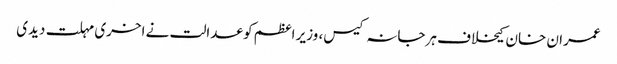
عمران خان کیخلاف ہرجانہ کیس، وزیر اعظم کو عدالت نے اخری مہلت دیدی